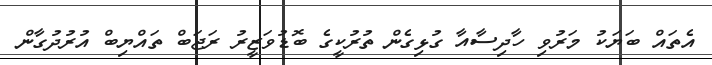
އެތައް ބަޔަކު މަރުވި ހާދިސާއާ ގުޅިގެން ތުރުކީގެ ބޮޑުވަޒީރު ރަޖަބް ތައްޔިބް އުރުދުގާން